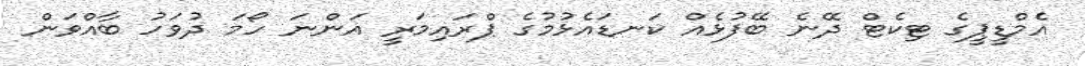
އެމްޑީޕީގެ ޓިކެޓް ދޭނެ ބޭފުޅެއް ކަނޑައެޅުމުގެ ޕްރައިމަރީ އަންނަ ހޯމަ ދުވަހު ބާއްވަން